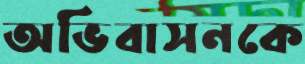
অভিবাসনকে